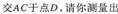
交AC于点D，请你测量出